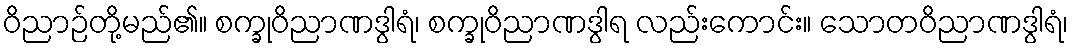
ဝိညာဉ်တို့မည်၏။ စက္ခုဝိညာဏဒွါရံ၊ စက္ခုဝိညာဏဒွါရ လည်းကောင်း။ သောတဝိညာဏဒွါရံ၊